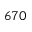
6 7 0